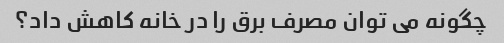
چگونه می توان مصرف برق را در خانه کاهش داد؟